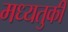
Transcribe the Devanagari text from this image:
मध्यतुर्की